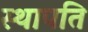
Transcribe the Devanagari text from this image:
स्‍थापति